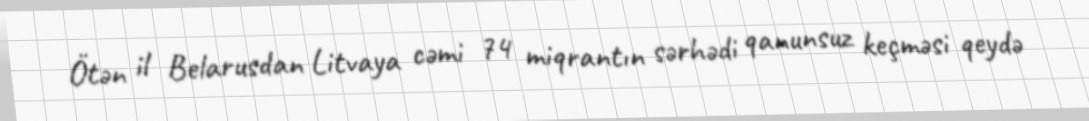
Ötən il Belarusdan Litvaya cəmi 74 miqrantın sərhədi qanunsuz keçməsi qeydə